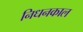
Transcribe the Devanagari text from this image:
निधनकाल